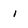
Character: i